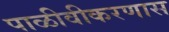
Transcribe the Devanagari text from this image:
पाळीवीकरणास